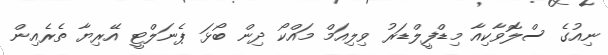
ނިއުގެ ސްލޮވާކިއާ މިޑްފީލްޑަރު ވިލިއަމް މައްކޯ ދިން ބޯޅަ ޕެނަލްޓީ އޭރިޔާ ތެރެއިން